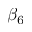
\beta _ { 6 }